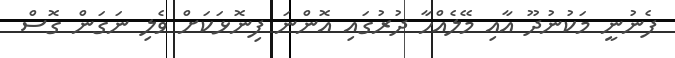
ފެނުނީ މަކުނުދޫ އާއި މޭލެއްހާ ދުރުގައި އޮންނަ ފިނޮޅަކަށް ވެލި ނަގަން ގޮސް